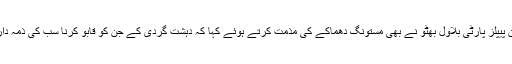
چیئرمین پیپلز پارٹی بلاول بھٹو نے بھی مستونگ دھماکے کی مذمت کرتے ہوئے کہا کہ دہشت گردی کے جن کو قابو کرنا سب کی ذمہ داری ہے۔